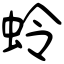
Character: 蛉